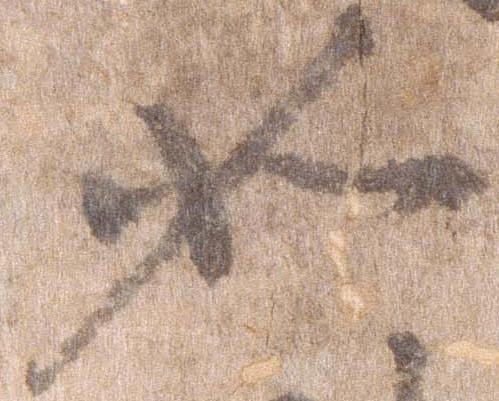
如